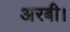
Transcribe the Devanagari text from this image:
अरबी।